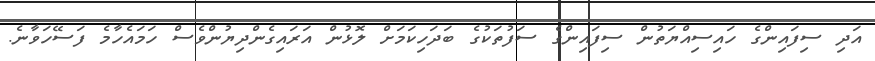
އަދި ސިފައިންގެ ހައިސިއްޔަތުން ސިފައިންގެ ސަފުތަކުގެ ބަދަހިކަމަށް ލޮޅުން އަރައިގެންދިޔުންވެސް ހަމައެހާމެ ފަސޭހަވާނެ.